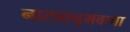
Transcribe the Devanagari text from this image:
नाट्यानुभवाचा